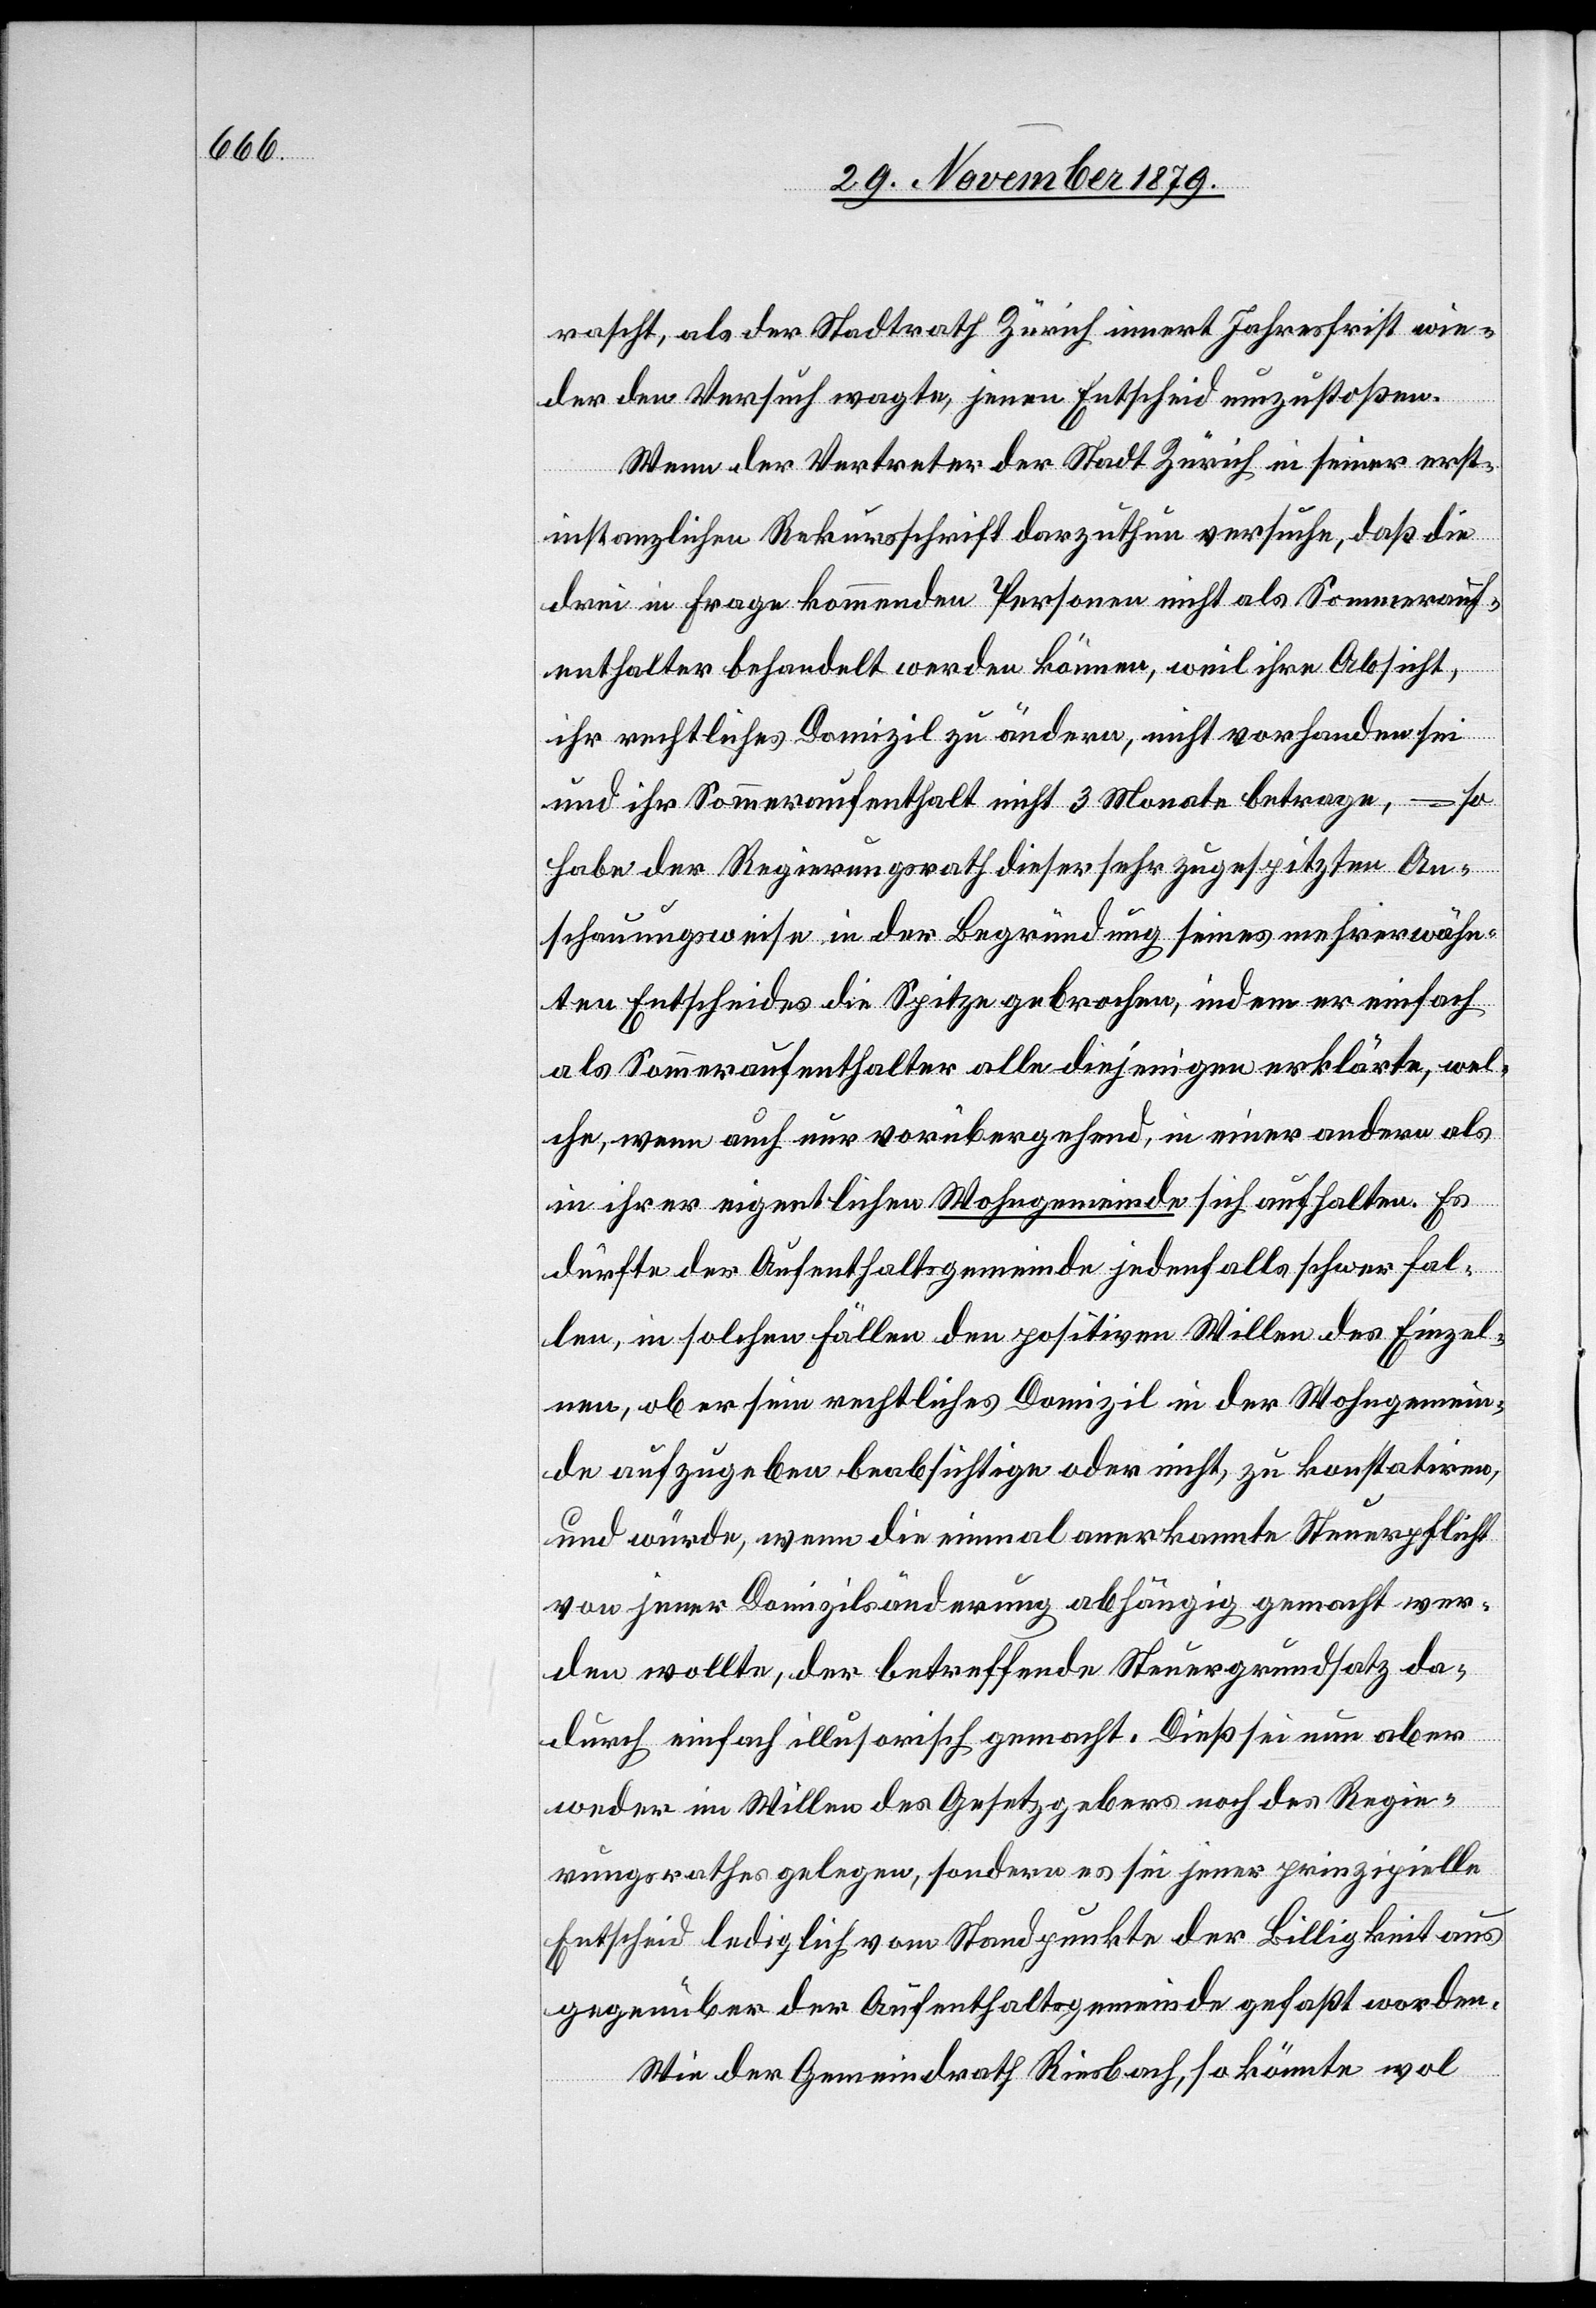
rascht, als der Stadtrath Zürich innert Jahresfrist wie¬
der den Versuch machte, jenen Entscheid umzustoßen.
Wenn der Vertreter der Stadt Zürich in seiner erst¬
instanzlichen Rekursschrift darzuthun versuche, daß die
drei in Frage kommenden Personen nicht als Sommerauf¬
enthalter behandelt werden können, weil ihre Absicht,
ihr rechtliches Domizil zu ändern, nicht vorhanden sei
und ihr Sommeraufenthalt nicht 3 Monate betrage,
habe der Regierungsrath dieser sehr zugespitzten An¬
schauungsweise in der Begründung seines mehrerwähn¬
ten Entscheides die Spitze gebrochen, indem er einfach
als Sommeraufenthalter alle diejenigen erklärte, wel¬
che, wenn auch nur vorübergehend, in einer andern als
in ihrer eigentlichen Wohngemeinde sich aufhalten. Es
dürfte der Aufenthaltsgemeinde jedenfalls schwer fal¬
len, in solchen Fällen den positiven Willen des Einzel¬
nen, ob er sein rechtliches Domizil in der Wohngemein¬
de aufzugeben beabsichtige oder nicht, zu konstatiren,
und würde, wenn die einmal anerkannte Steuerpflicht
von jener Domiziländerung abhängig gemacht wer¬
den wollte, der betreffende Steuergrundsatz da¬
durch einfach illusorisch gemacht. Dieß sei nun aber
weder im Willen des Gesetzgebers noch des Regie¬
rungsrathes gelegen, sondern es sei jener prinzipielle
Entscheid lediglich vom Standpunkte der Billigkeit aus
gegenüber der Aufenthaltsgemeinde gefaßt worden.
Wie der Gemeindrath Riesbach, so könnte wol